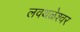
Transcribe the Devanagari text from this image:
लवथळेश्वर